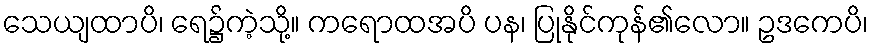
သေယျထာပိ၊ ရေ၌ကဲ့သို့။ ကရောထအပိ ပန၊ ပြုနိုင်ကုန်၏လော။ ဥဒကေပိ၊